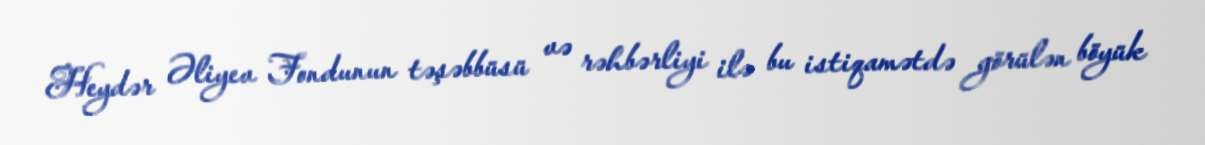
Heydər Əliyev Fondunun təşəbbüsü və rəhbərliyi ilə bu istiqamətdə görülən böyük